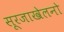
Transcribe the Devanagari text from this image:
सूरजाखेलनो